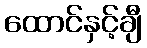
ထောင်နှင့်ချီ